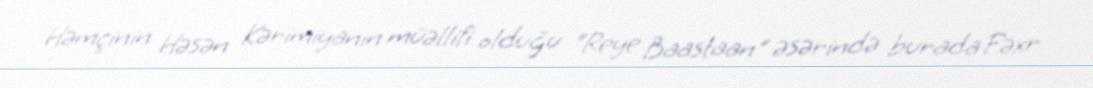
Həmçinin Həsən Kərimiyanın müəllifi olduğu "Reye Baastaan" əsərində burada Fəxr